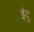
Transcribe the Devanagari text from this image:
इंदु